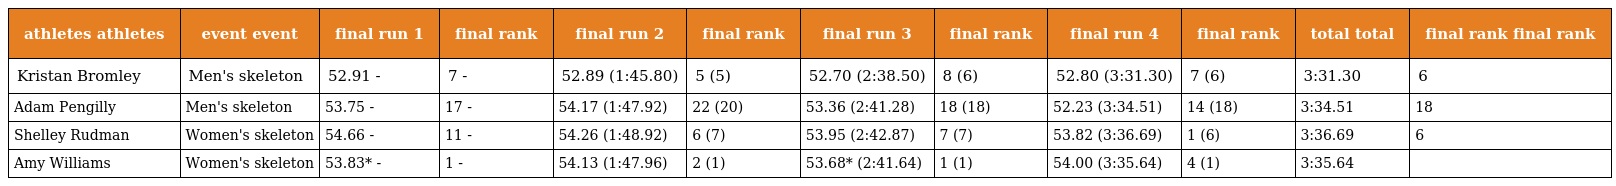
| athletes athletes | event event | final run 1 | final rank | final run 2 | final rank | final run 3 | final rank | final run 4 | final rank | total total | final rank final rank |
 | --- | --- | --- | --- | --- | --- | --- | --- | --- | --- | --- | --- |
 | Kristan Bromley | Men's skeleton | 52.91 - | 7 - | 52.89 (1:45.80) | 5 (5) | 52.70 (2:38.50) | 8 (6) | 52.80 (3:31.30) | 7 (6) | 3:31.30 | 6 |
 | Adam Pengilly | Men's skeleton | 53.75 - | 17 - | 54.17 (1:47.92) | 22 (20) | 53.36 (2:41.28) | 18 (18) | 52.23 (3:34.51) | 14 (18) | 3:34.51 | 18 |
 | Shelley Rudman | Women's skeleton | 54.66 - | 11 - | 54.26 (1:48.92) | 6 (7) | 53.95 (2:42.87) | 7 (7) | 53.82 (3:36.69) | 1 (6) | 3:36.69 | 6 |
 | Amy Williams | Women's skeleton | 53.83* - | 1 - | 54.13 (1:47.96) | 2 (1) | 53.68* (2:41.64) | 1 (1) | 54.00 (3:35.64) | 4 (1) | 3:35.64 |  |